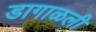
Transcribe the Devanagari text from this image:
डागाळली